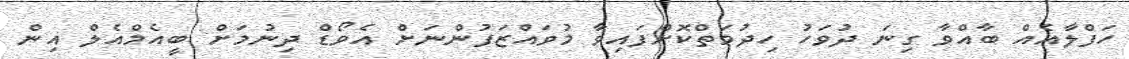
ހަފްލާއެއް ބާއްވާ ގިނަ ދުވަހު ހިދުމަތްކޮށްފައިވާ މުވައްޒަފުންނަށް އެވޯޑް ދިނުމަށް ބީއެމްއެލް އިން